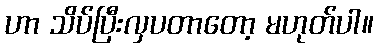
ဟာ သိပ်ပြီးလှပတာတော့ မဟုတ်ပါ။